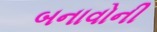
બનાવોની